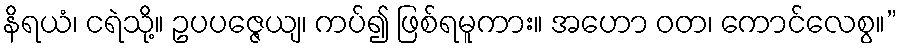
နိရယံ၊ ငရဲသို့။ ဥပပဇ္ဇေယျ၊ ကပ်၍ ဖြစ်ရမူကား။ အဟော ဝတ၊ ကောင်လေစွ။”